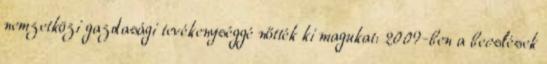
nemzetközi gazdasági tevékenységgé nőtték ki magukat: 2009-ben a becslések